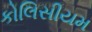
કોલિસીયમ